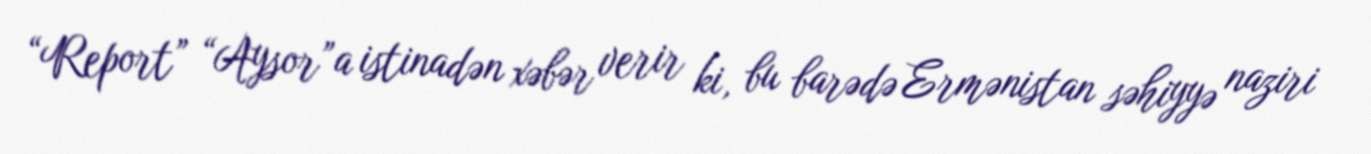
“Report” “Aysor”a istinadən xəbər verir ki, bu barədə Ermənistan səhiyyə naziri